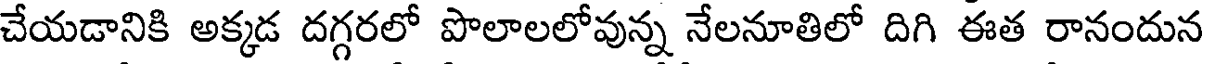
చేయడానికి అక్కడ దగ్గరలో పొలాలలోవున్న నేలనూతిలో దిగి ఈత రానందున